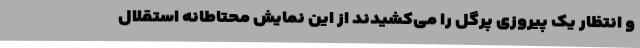
و انتظار یک پیروزی پرگل را می‌کشیدند از این نمایش محتاطانه استقلال